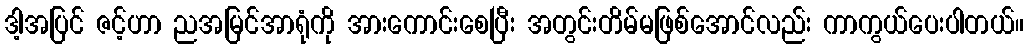
ဒါ့အပြင် ဇင့်ဟာ ညအမြင်အာရုံကို အားကောင်းစေပြီး အတွင်းတိမ်မဖြစ်အောင်လည်း ကာကွယ်ပေးပါတယ်။